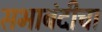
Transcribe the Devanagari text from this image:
सभाबंदीचा